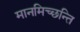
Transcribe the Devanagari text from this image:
मानमिच्छन्ति